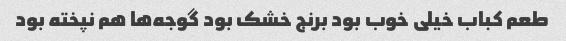
طعم کباب خیلی خوب بود برنج خشک بود گوجه‌ها هم نپخته بود